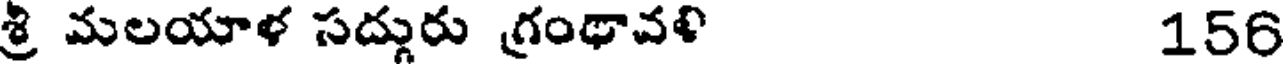
శ్రి మలయాళ సద్గురు గ్రంథావళి 156